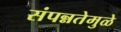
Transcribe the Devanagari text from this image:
संपन्नतेमुळे